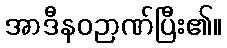
အာဒီနဝဉာဏ်ပြီး၏။